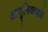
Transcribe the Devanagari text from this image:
आधुनिकपणे